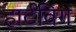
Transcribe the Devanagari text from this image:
हार्टविग